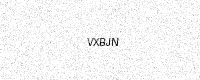
Text: VXBJN